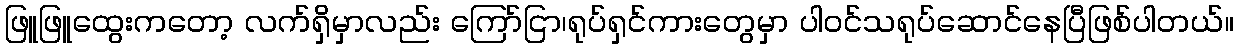
ဖြူဖြူထွေးကတော့ လက်ရှိမှာလည်း ကြော်ငြာ၊ရုပ်ရှင်ကားတွေမှာ ပါဝင်သရုပ်ဆောင်နေပြီဖြစ်ပါတယ်။